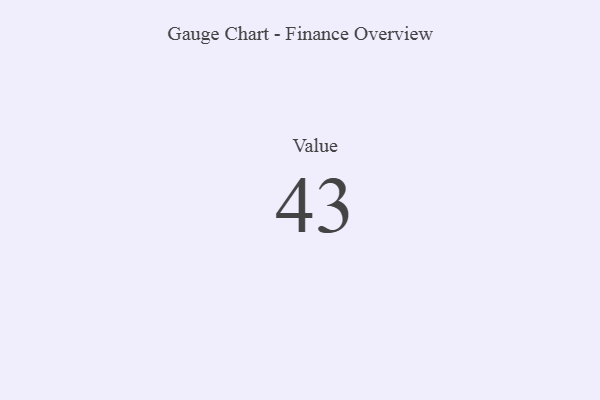
{"axis": {"x": "Metric", "y": "Value"}, "legend": [""], "data": [{"x": "Value", "y": 43, "type": ""}]}